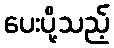
ပေးပို့သည့်